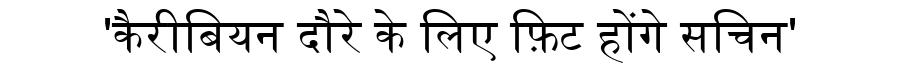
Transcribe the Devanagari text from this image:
'कैरीबियन दौरे के लिए फ़िट होंगे सचिन'